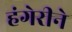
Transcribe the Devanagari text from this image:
हंगेरीने